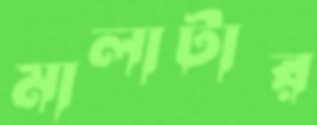
মালাটার